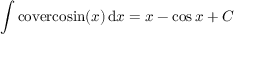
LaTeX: \int \mathrm { c o v e r c o s i n } ( x ) \, \mathrm { d } x = x - \cos { x } + C